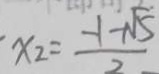
x _ { 2 } = \frac { - 1 - \sqrt { 5 } } { 2 }